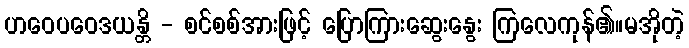
ဟဝေပဝေဒယန္တိ - စင်စစ်အားဖြင့် ပြောကြားဆွေးနွေး ကြလေကုန်၏။မအိုတဲ့